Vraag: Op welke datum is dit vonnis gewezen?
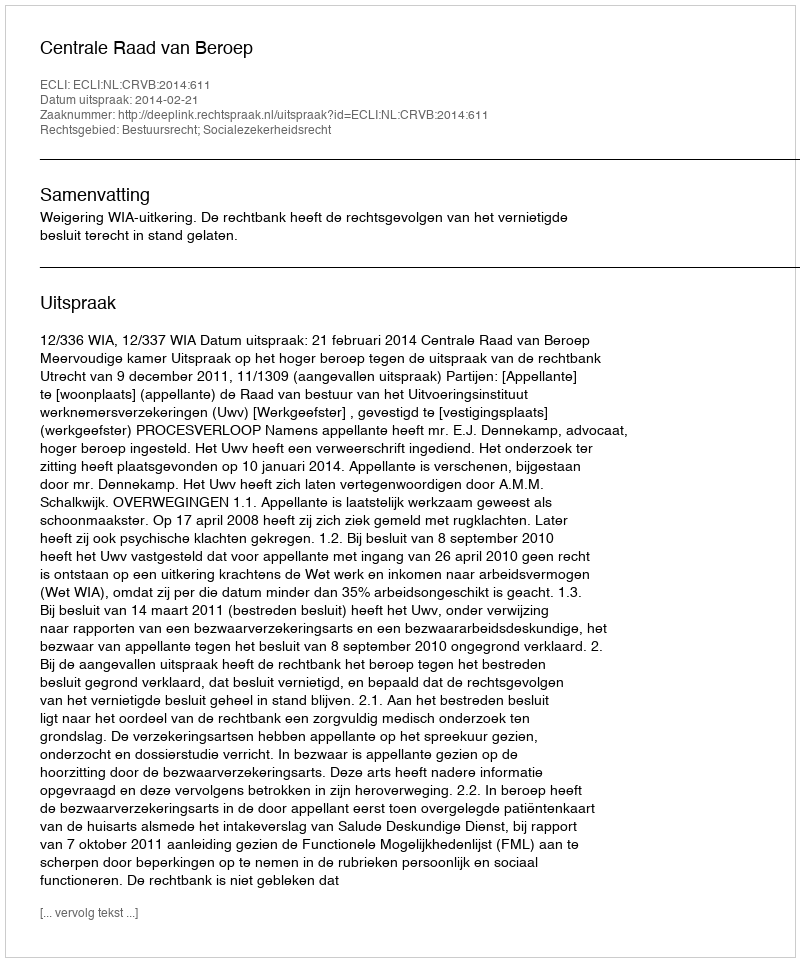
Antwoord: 2014-02-21